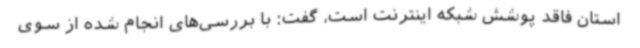
استان فاقد پوشش شبکه اینترنت است، گفت: با بررسی‌های انجام شده از سوی